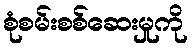
စုံစမ်းစစ်ဆေးမှုကို